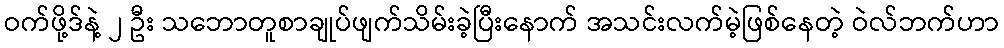
ဝက်ဖို့ဒ်နဲ့ ၂ ဦး သဘောတူစာချုပ်ဖျက်သိမ်းခဲ့ပြီးနောက် အသင်းလက်မဲ့ဖြစ်နေတဲ့ ဝဲလ်ဘက်ဟာ